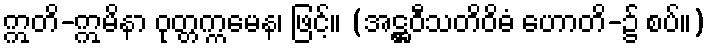
ဣတိ-ဣမိနာ ဝုတ္တက္ကမေန၊ ဖြင့်။ (အဋ္ဌဝီသတိဝိဓံ ဟောတိ-၌ စပ်။)